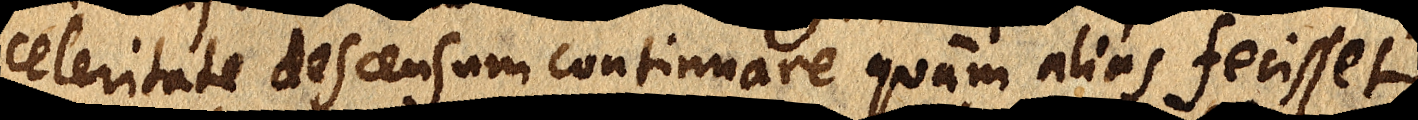
celeritate descensum continuare quam alias fecisset